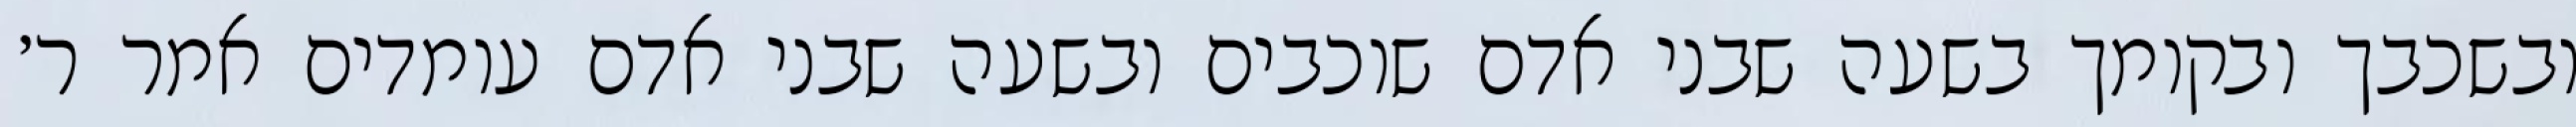
ובשכבך ובקומך בשעה שבני אדם שוכבים ובשעה שבני אדם עומדים אמר ר׳